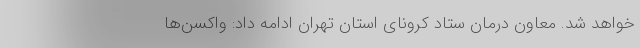
خواهد شد. معاون درمان ستاد کرونای استان تهران ادامه داد: واکسن‌ها